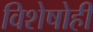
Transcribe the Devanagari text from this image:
विशेषोही